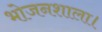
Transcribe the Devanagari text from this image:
भोजनशाला।